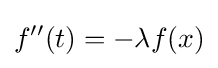
f''(t)=-\lambda f(x)